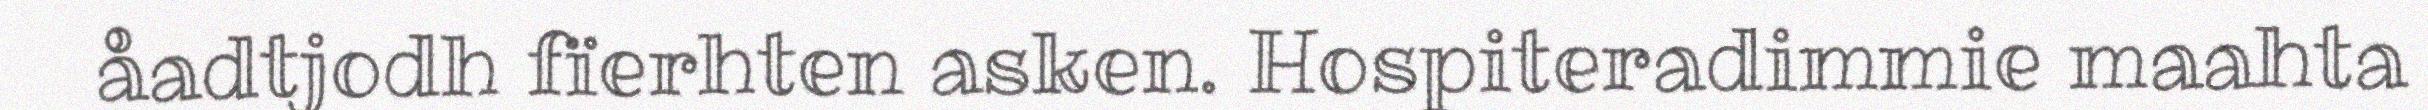
åadtjodh fïerhten asken. Hospiteradimmie maahta